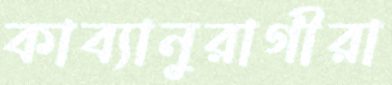
কাব্যানুরাগীরা